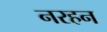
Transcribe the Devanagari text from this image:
नरहन